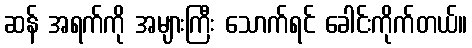
ဆန် အရက်ကို အများကြီး သောက်ရင် ခေါင်းကိုက်တယ်။